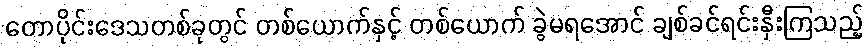
တောပိုင်းဒေသတစ်ခုတွင် တစ်ယောက်နှင့် တစ်ယောက် ခွဲမရအောင် ချစ်ခင်ရင်းနှီးကြသည့်